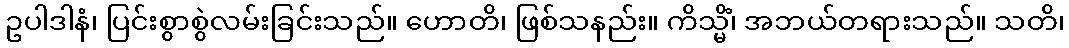
ဥပါဒါနံ၊ ပြင်းစွာစွဲလမ်းခြင်းသည်။ ဟောတိ၊ ဖြစ်သနည်း။ ကိသ္မိံ၊ အဘယ်တရားသည်။ သတိ၊